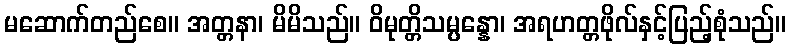
မဆောက်တည်စေ။ အတ္တနာ၊ မိမိသည်။ ဝိမုတ္တိသမ္ပန္နော၊ အရဟတ္တဖိုလ်နှင့်ပြည့်စုံသည်။